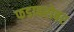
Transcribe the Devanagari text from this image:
फडाबरोबर